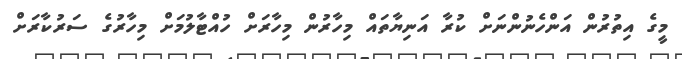
މީގެ އިތުރުން އަންހެނުންނަށް ކުރާ އަނިޔާތައް މިހާރުން މިހާރަށް ހުއްޓާލުމަށް މިހާރުގެ ސަރުކާރަށް